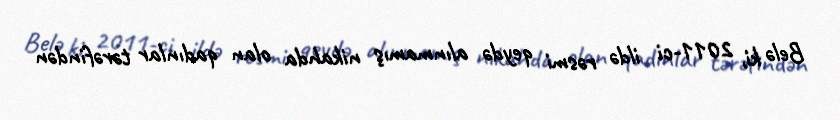
Belə ki, 2011-ci ildə rəsmi qeydə alınmamış nikahda olan qadınlar tərəfindən